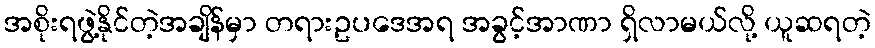
အစိုးရဖွဲ့နိုင်တဲ့အချိန်မှာ တရားဥပဒေအရ အခွင့်အာဏာ ရှိလာမယ်လို့ ယူဆရတဲ့